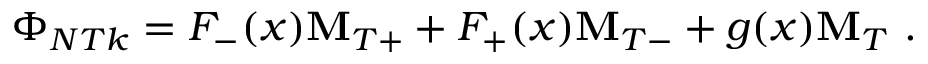
\Phi _ { N T k } = F _ { - } ( x ) { \bf M } _ { T + } + F _ { + } ( x ) { \bf M } _ { T - } + g ( x ) { \bf M } _ { T } \ .